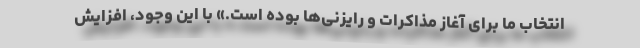
انتخاب ما برای آغاز مذاکرات و رایزنی‌ها بوده است.» با این وجود، افزایش